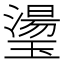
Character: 璗